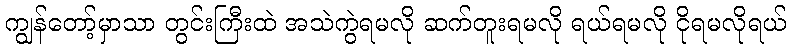
ကျွန်တော့်မှာသာ တွင်းကြီးထဲ အသဲကွဲရမလို ဆက်တူးရမလို ရယ်ရမလို ငိုရမလိုရယ်